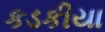
કડકીયા